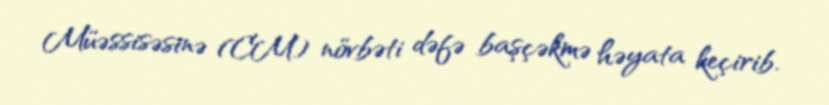
Müəssisəsinə (CM) növbəti dəfə başçəkmə həyata keçirib.